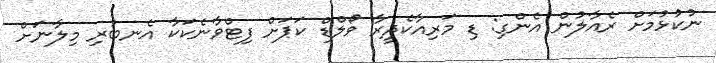
ނުކުޅުމަށް ރެއާލުން އެންގި: ޑި މަރިއާކެދީރާ ވޯލްޑް ކަޕަށް ފިޓްވާނެކަކާ އެނބުރި މިލާނަށް